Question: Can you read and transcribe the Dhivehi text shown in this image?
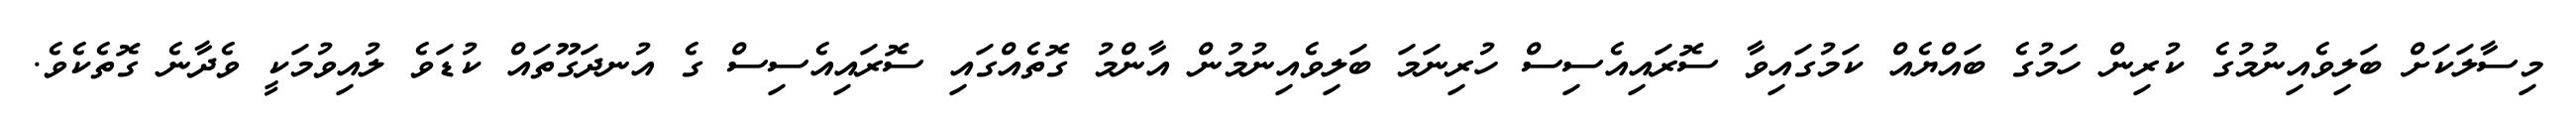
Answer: މިސާލަކަށް ބަލިވެއިނުމުގެ ކުރިން ހަމުގެ ބައްޔެއް ކަމުގައިވާ ސޮރައިއެސިސް ހުރިނަމަ ބަލިވެއިނުމުން އާންމު ގޮތެއްގައި ސޮރައިއެސިސް ގެ އުނދަގޫތައް ކުޑަވެ ލުއިވުމަކީ ވެދާނެ ގޮތެކެވެ.